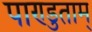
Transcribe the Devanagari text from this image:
पाण्डुताम्‌